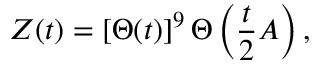
Z ( t ) = [ \Theta ( t ) ] ^ { 9 } \, \Theta \left( { \frac { t } { 2 } } A \right) ,